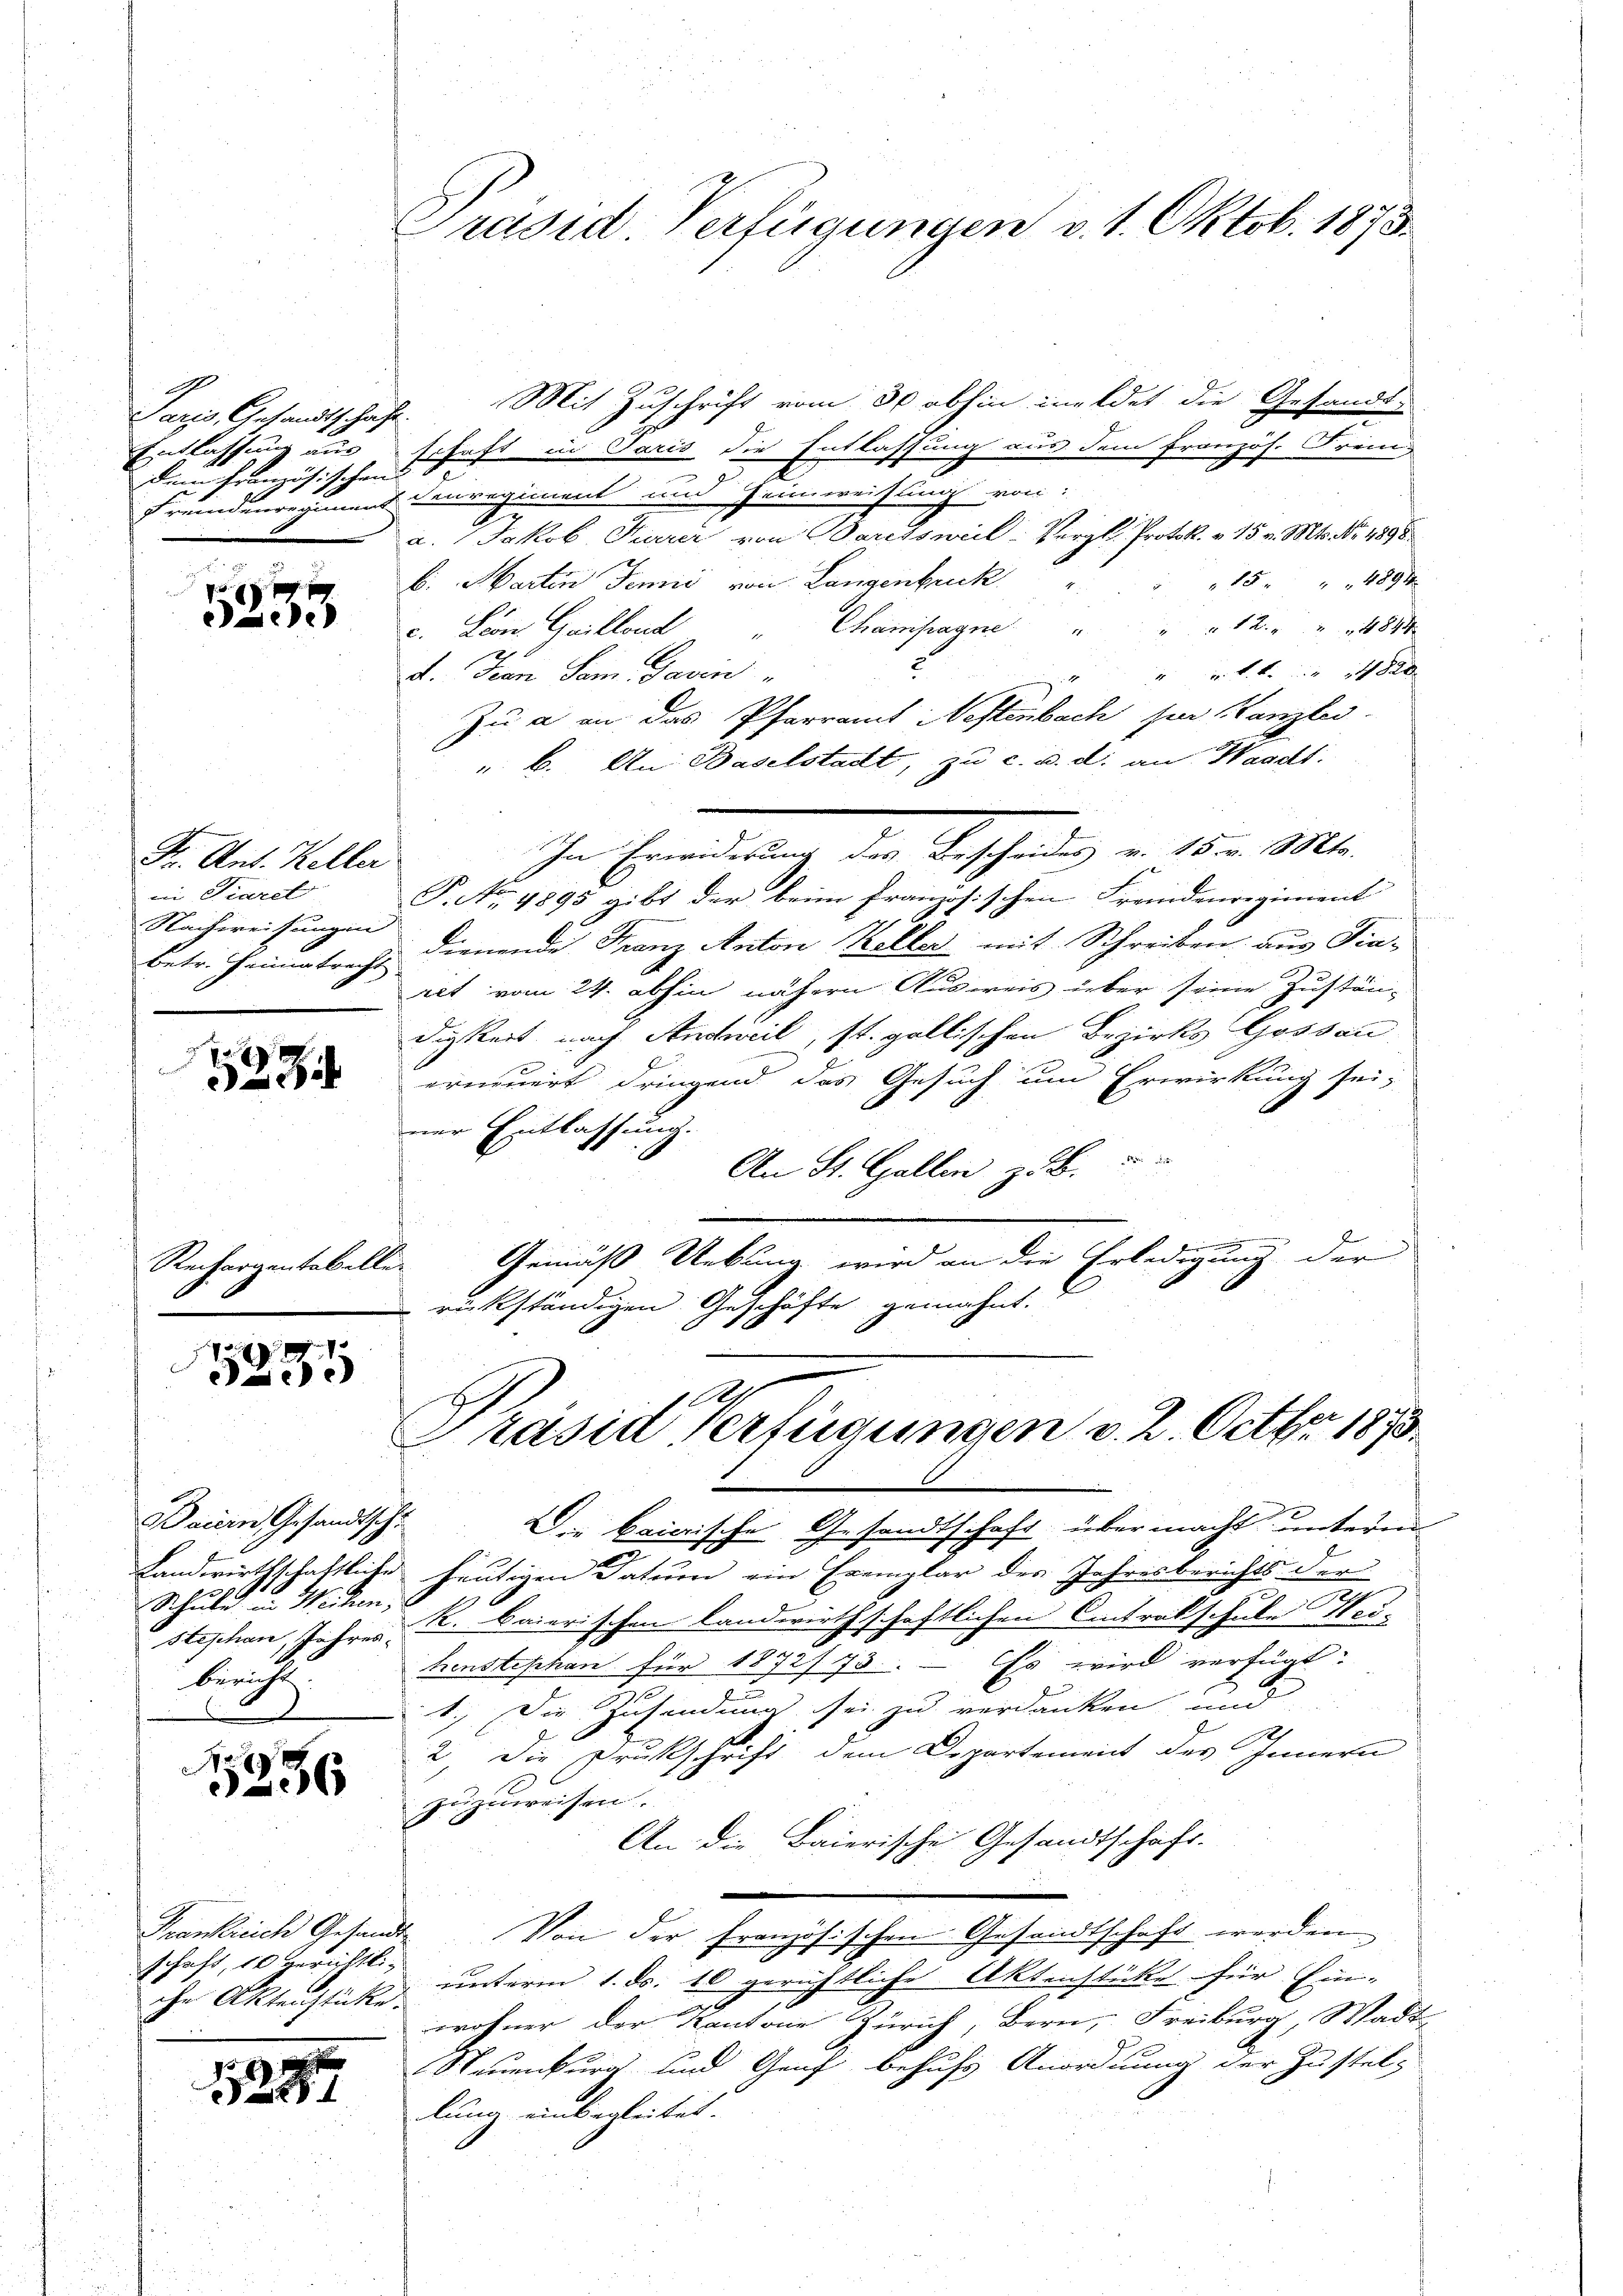
Entlassung aus
dem Französischen

5235

Fr. Ant. Keller
i Siarel
Nachweisungen
betr. Heimatrecht.

Rechargentabellen

5835

Baiern Gesandtschu
Schule in Weihen,
breicht

f
256

Frankreich Gesandt
schaft, 10 gerichtliihn Aktenstücke.

1899

Präsid. Verfügungen v. 1. Oktob. 1873.

Paris, Gesandtschaft. Mit Zuschrift vom 30 abhin meldet die Gesandt-
schaft in Paris die Entlassung aus dem Französ. Frei
.
fremdenregiment unregiment und Heimweisung von:
a. Jakob Furrer von Paretsweil Vergl. Protok. v. 15 v. Mts. No. 1898
" 15 " " 4894
b. Martin Jennii von Langenbruck
c. Leon, Guillons Champagne " " " 12. " " 4840
“ u. L. S. 148
d. Fian Sem. Savin
Zu a an das Pfarramt Nestenbach hier Kanzlei-
. b. An Baselstadt, zu c. u. d. an Waadt.
P. No. 1895 gibt der beim Französischen Freindenregiment
dienende Franz Anton Keller mit Schreiben aus Finret vom 24. abhin nähern Ausweis über seine Zustän-
digkeit nach Andweil, st. gallischen Bezirks Gossau
erneuert dringend das Gesuch um Erwirkung sei,
ner Entlassung.
An St. Gallen z. B.
i
Gemäß Uebung wird an die Erledigung der
rückständigen Geschäfte gemahnt.

2
Präsid Verfügungen v. 2. Octbr. 1873.

iIn Erinnerung der Bescherung an 10 v. M.

Die baierische Gesandtschaft über macht unterm
Landwirthschaftliche heutigen Datum ein Exemplar des Jahresberichts der
Staschen, Jahres K. baierischen landwirthschaftlichen Antrakschule Hei-
Es wird verfügt:
kensteschen für 1872/173.
u
1.) Die Zusendnung sei zu verdanken und
2
2. Die Druckschrift dem Departement des Innern
zuzuweisen.
An die Baierische Gesandtschaft.
e
Von der Französischen Gesandtschaft werden.
unterm 1. ds. 10 gerichtliche Aktenstüke für Ein-
wohner der Kantone Zürich, Bern, Freiburg, Wadt
Neuenburg und Genf behufs Anordnung der Zustel-
lung einbegleitet.